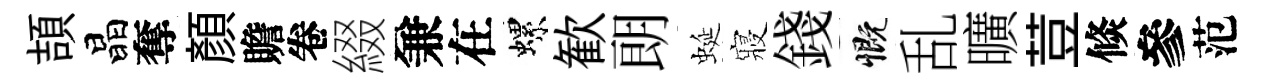
頡晶奪顔贍卷綴兼在螺歓朗蜒寢錢慨乱曠荳倐參范